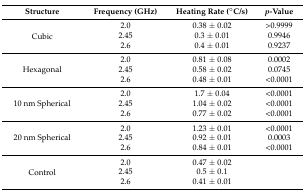
| Structure | Frequency (GHz) | Heating Rate (°C/s) | p-Value |
 | --- | --- | --- | --- |
 | <ROWSPAN=3> Cubic | 2.0 | 0.38 ± 0.02 | >0.9999 |
 | 2.45 | 0.3 ± 0.01 | 0.9946 |
 | 2.6 | 0.4 ± 0.01 | 0.9237 |
 | <ROWSPAN=3> Hexagonal | 2.0 | 0.81 ± 0.08 | 0.0002 |
 | 2.45 | 0.58 ± 0.02 | 0.0745 |
 | 2.6 | 0.48 ± 0.01 | <0.0001 |
 | <ROWSPAN=3> 10 nm Spherical | 2.0 | 1.7 ± 0.04 | <0.0001 |
 | 2.45 | 1.04 ± 0.02 | <0.0001 |
 | 2.6 | 0.77 ± 0.02 | <0.0001 |
 | <ROWSPAN=3> 20 nm Spherical | 2.0 | 1.23 ± 0.01 | <0.0001 |
 | 2.45 | 0.92 ± 0.01 | 0.0003 |
 | 2.6 | 0.84 ± 0.01 | <0.0001 |
 | <ROWSPAN=3> Control | 2.0 | 0.47 ± 0.02 |  |
 | 2.45 | 0.5 ± 0.1 |  |
 | 2.6 | 0.41 ± 0.01 |  |